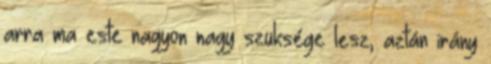
arra ma este nagyon nagy szüksége lesz, aztán irány